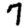
Digit: 7